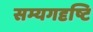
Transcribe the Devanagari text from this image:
सम्यगदृष्टि